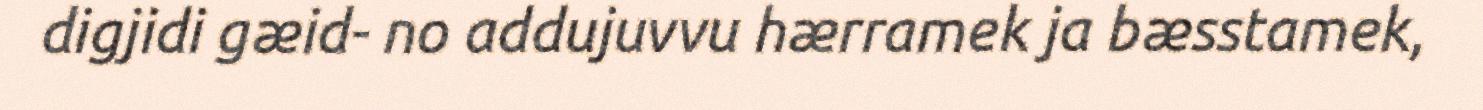
digjidi gæid- no addujuvvu hærramek ja bæsstamek,